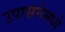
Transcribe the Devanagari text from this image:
उपासनेमध्ये